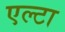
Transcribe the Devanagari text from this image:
एल्टा